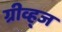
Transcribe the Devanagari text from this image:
ग्रीव्ह्‌ज